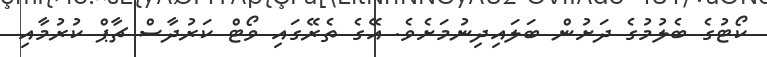
ކޯޓުގެ ބެލުމުގެ ދަށުން ބަލައިދިނުމަށެވެ. އޭގެ ތެރޭގައި ވޯޓް ކަރުދާސް ޗާޕް ކުރުމާއި